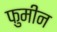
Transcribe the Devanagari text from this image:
फुमीन